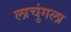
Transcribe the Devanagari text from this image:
लाचुंगला